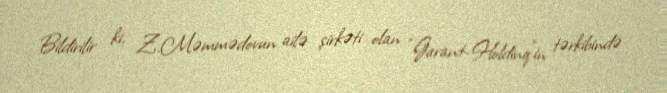
Bildirilir ki, Z.Məmmədovun ailə şirkəti olan “Garant-Holdinq”in tərkibində